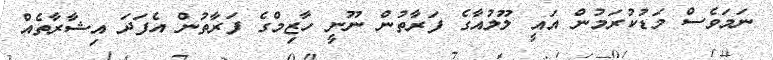
ނަމަވެސް މަޑުކުރަމުން އައީ ލޫލުއާގެ ފަރާތުން ނޫނީ ހާޒިމްގެ ފަރާތުން އެފަދަ އިޝާރާތެއް